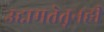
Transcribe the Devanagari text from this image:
उद्दामतेतूनही